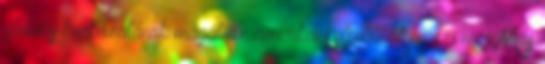
globális kockázatának magát az amerikai külpolitikát nevezi meg Más